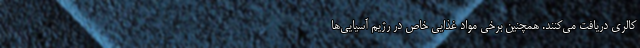
کالری دریافت می‌کنند. همچنین برخی مواد غذایی خاص در رژیم آسیایی‌ها